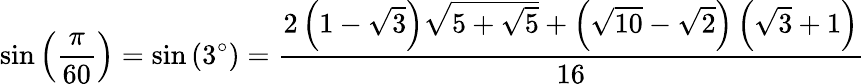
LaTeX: \sin\left({\frac{\pi}{60}}\right)=\sin\left(3^{\circ}\right)={\frac{2\left(1-{\sqrt{3}}\right){\sqrt{5+{\sqrt{5}}}}+\left({\sqrt{10}}-{\sqrt{2}}\right)\left({\sqrt{3}}+1\right)}{16}}